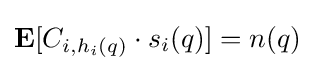
{\mathbf {E}}[C_{i,h_{i}(q)}\cdot s_{i}(q)]=n(q)